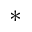
^ *